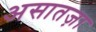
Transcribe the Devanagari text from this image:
असातज़ा